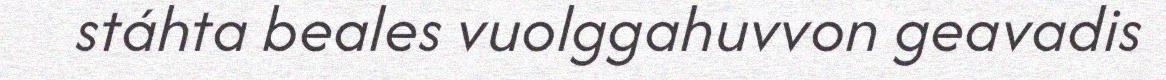
stáhta beales vuolggahuvvon geavadis